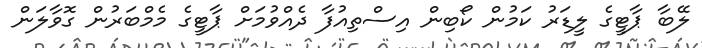
ލޭބާ ޕާޓީގެ ލީޑަރު ކަމުން ކޯބިން އިސްތިއުފާ ދެއްވުމަށް ޕާޓީގެ މެމްބަރުން ގޮވާލަން